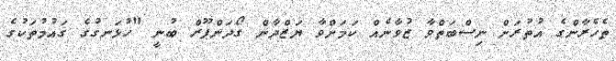
ތެހެރާންގެ އުތުރަށް ނިސްބަތްވާ ޒުވާނެއް ކަމަށްވާ ޔަޒްދާން ގޯދަންޕޫރް ބުނީ "ހުޅަނގުގެ ގައުމުތަކުގެ